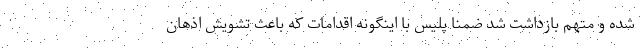
شده و متهم بازداشت شد ضمنا پلیس با اینگونه اقدامات که باعث تشویش اذهان